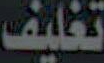
تغليف